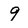
Character: 9